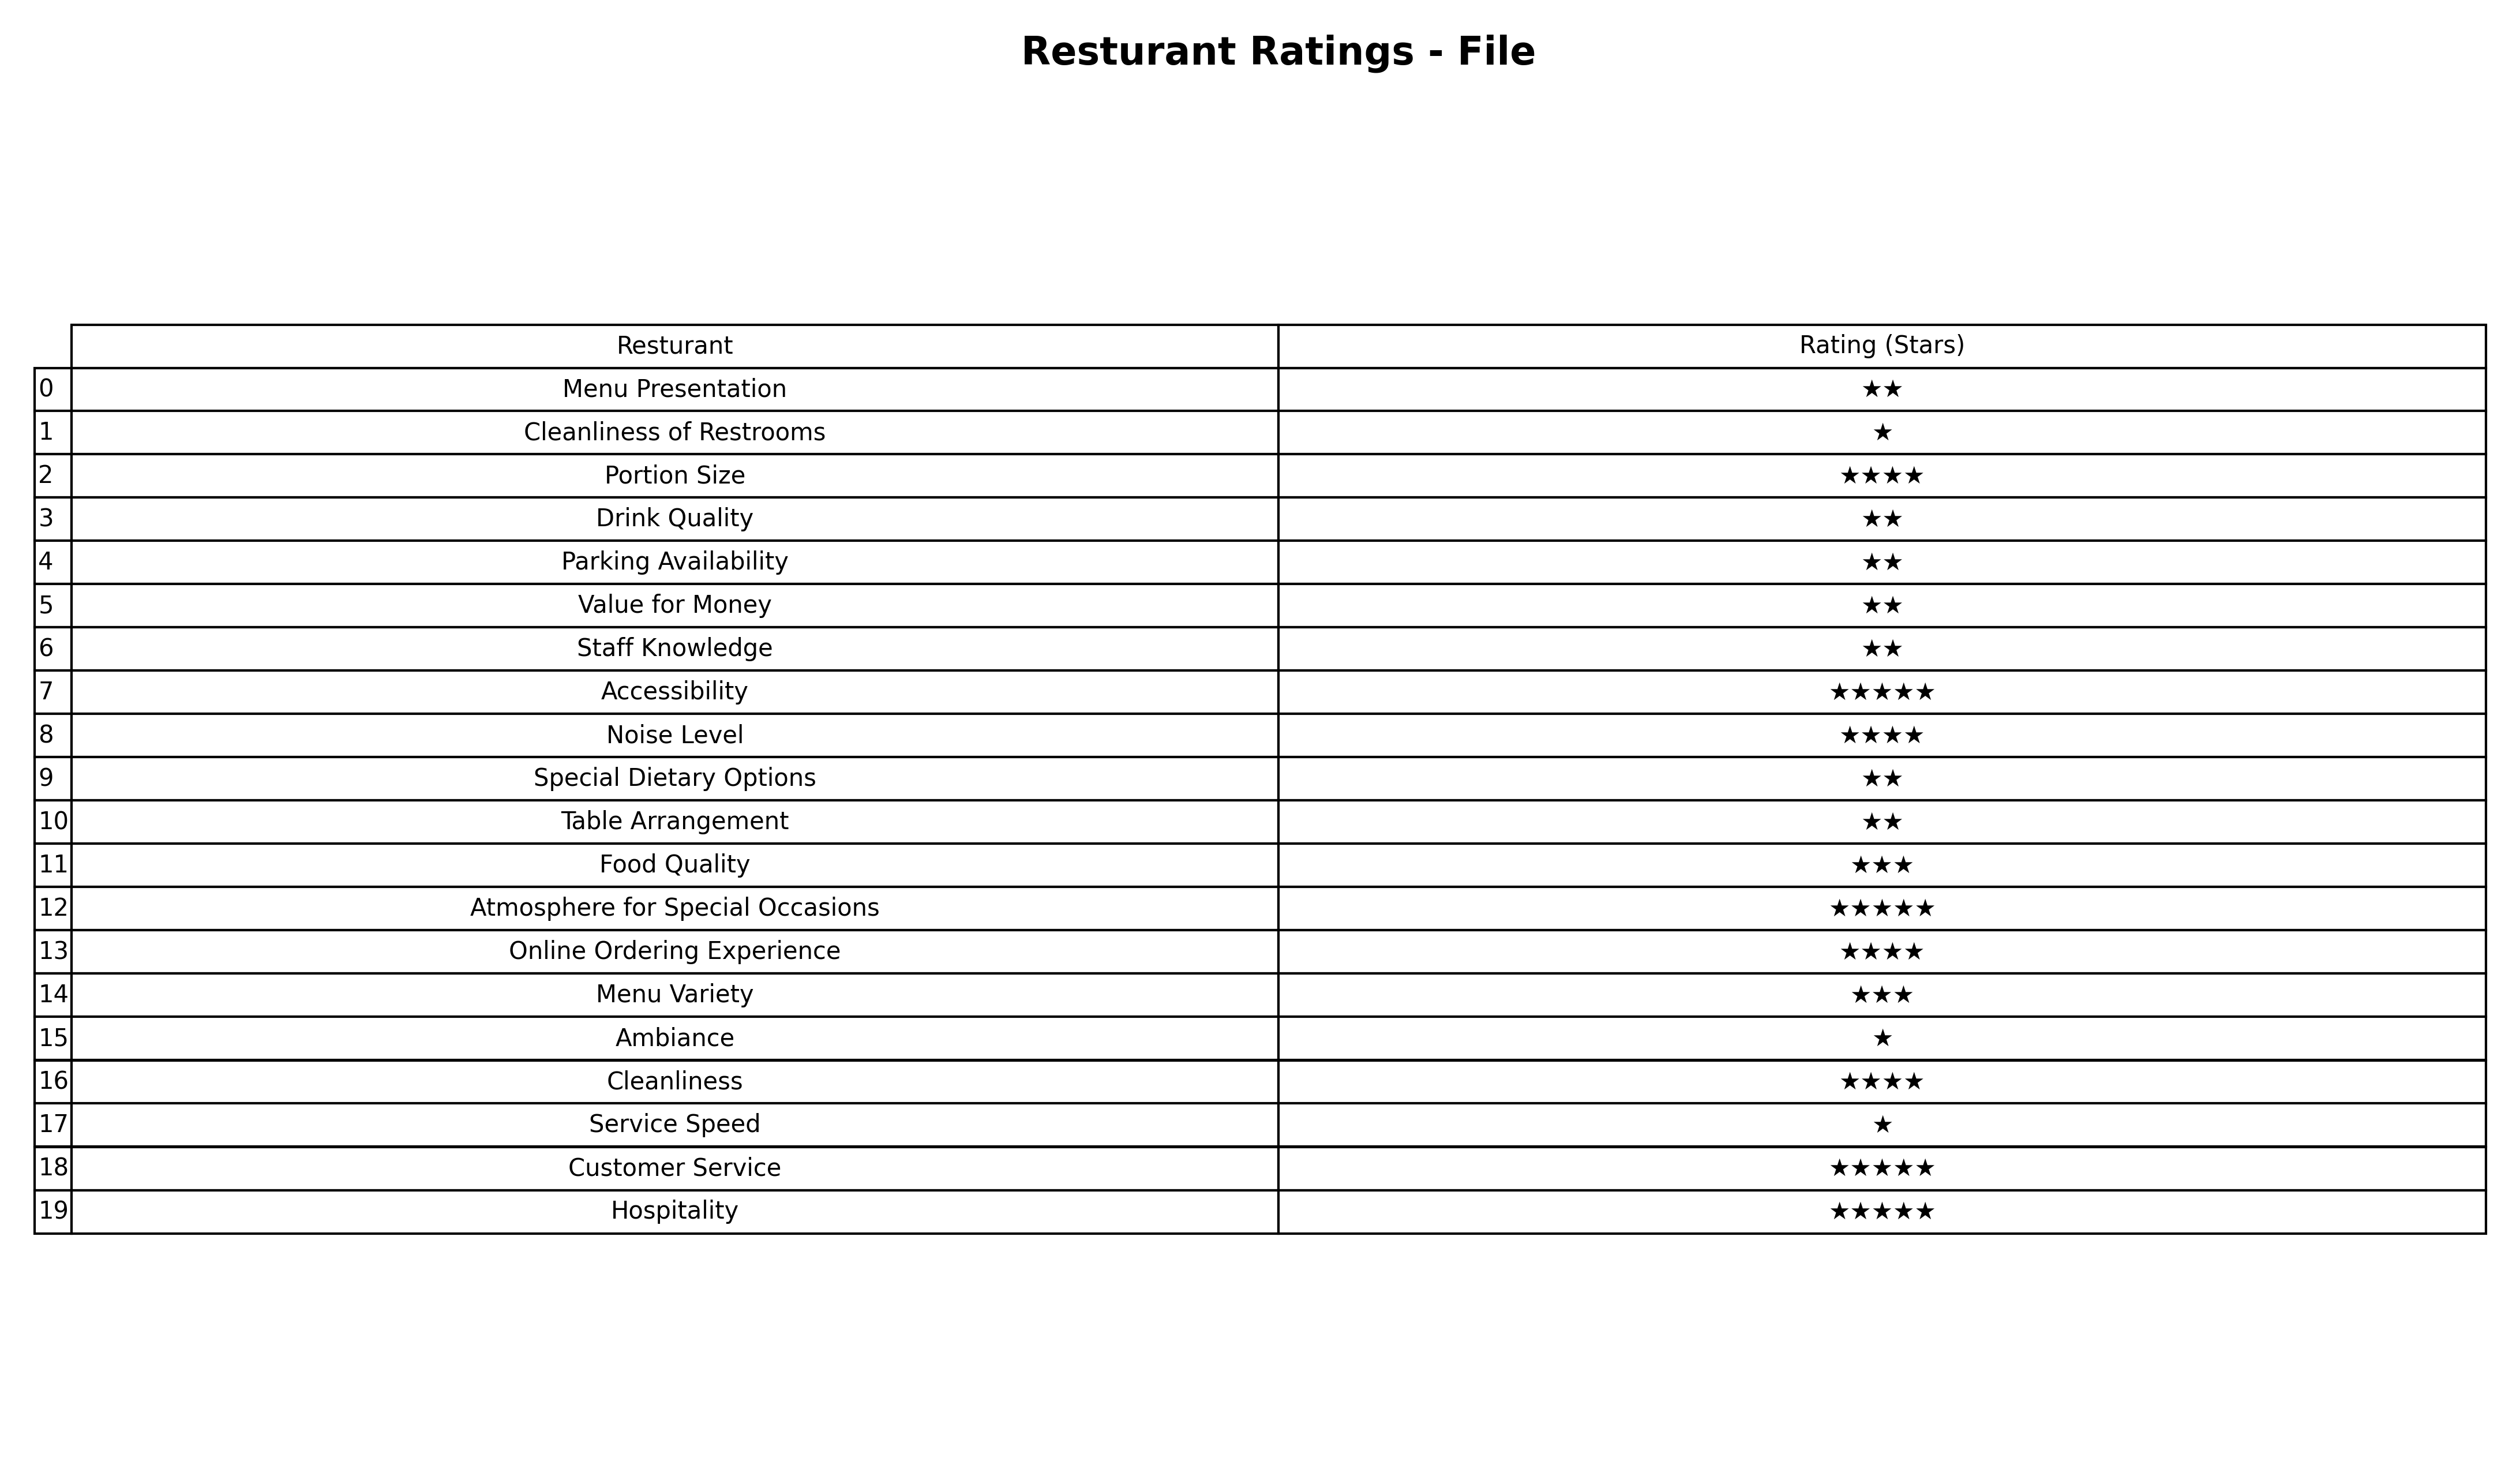
question: What is the rating of Drink Quality?
answer: ★★